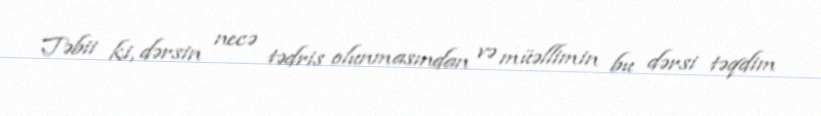
Təbii ki, dərsin necə tədris olunmasından və müəllimin bu dərsi təqdim